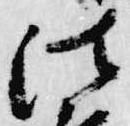
法